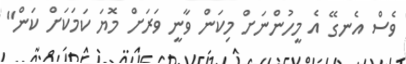
ވެސް އެނގޭ އެ މީހުންނަށް މިކަން ވާނީ ވަރަށް މޮޔަ ކަމަކަށް ކަން"